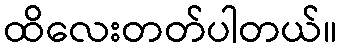
ထိလေးတတ်ပါတယ်။